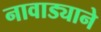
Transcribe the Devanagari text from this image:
नावाड्याने